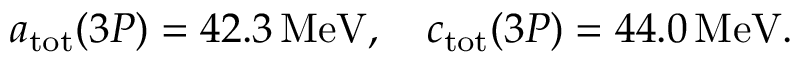
a _ { \mathrm { t o t } } ( 3 P ) = 4 2 . 3 \, \mathrm { M e V } , \quad c _ { \mathrm { t o t } } ( 3 P ) = 4 4 . 0 \, \mathrm { M e V } .